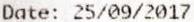
DATE: 25/09/2017